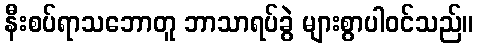
နီးစပ်ရာသဘောတူ ဘာသာရပ်ခွဲ များစွာပါဝင်သည်။